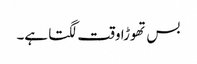
بس تھوڑا وقت لگتا ہے۔